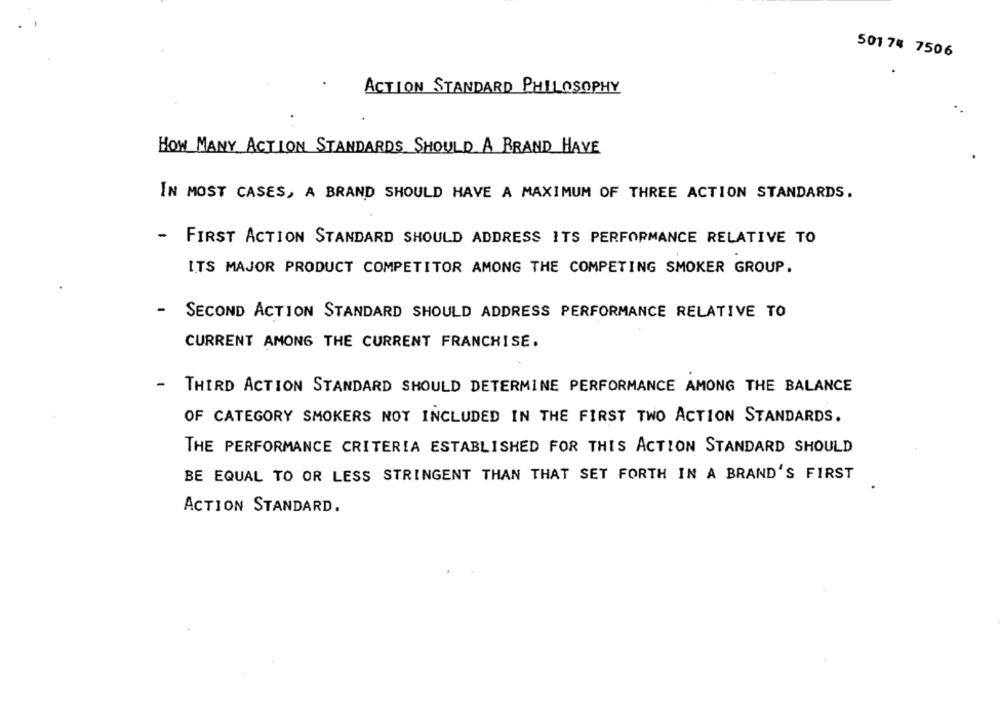
501 74 7506
ACTION STANDARD PHILOSOPHY
HOW MANY ACTION STANDARDS SHOULD A BRAND HAVE
IN MOST CASES, A BRAND SHOULD HAVE A MAXIMUM OF THREE ACTION STANDARDS.
-
FIRST ACTION STANDARD SHOULD ADDRESS ITS PERFORMANCE RELATIVE TO
ITS MAJOR PRODUCT COMPETITOR AMONG THE COMPETING SMOKER GROUP.
- SECOND ACTION STANDARD SHOULD ADDRESS PERFORMANCE RELATIVE TO
CURRENT AMONG THE CURRENT FRANCHISE.
-
THIRD ACTION STANDARD SHOULD DETERMINE PERFORMANCE AMONG THE BALANCE
OF CATEGORY SMOKERS NOT INCLUDED IN THE FIRST TWO ACTION STANDARDS.
THE PERFORMANCE CRITERIA ESTABLISHED FOR THIS ACTION STANDARD SHOULD
BE EQUAL TO OR LESS STRINGENT THAN THAT SET FORTH IN A BRAND'S FIRST
ACTION STANDARD.